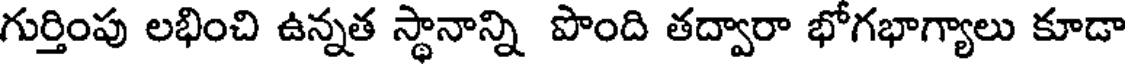
గుర్తింపు లభించి ఉన్నత స్థానాన్ని పొంది తద్వారా భోగభాగ్యాలు కూడా